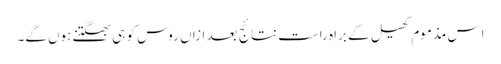
اِس مذموم کھیل کے براہ راست نتائج بعد ازاں روس کو ہی بھگتنے ہوں گے۔